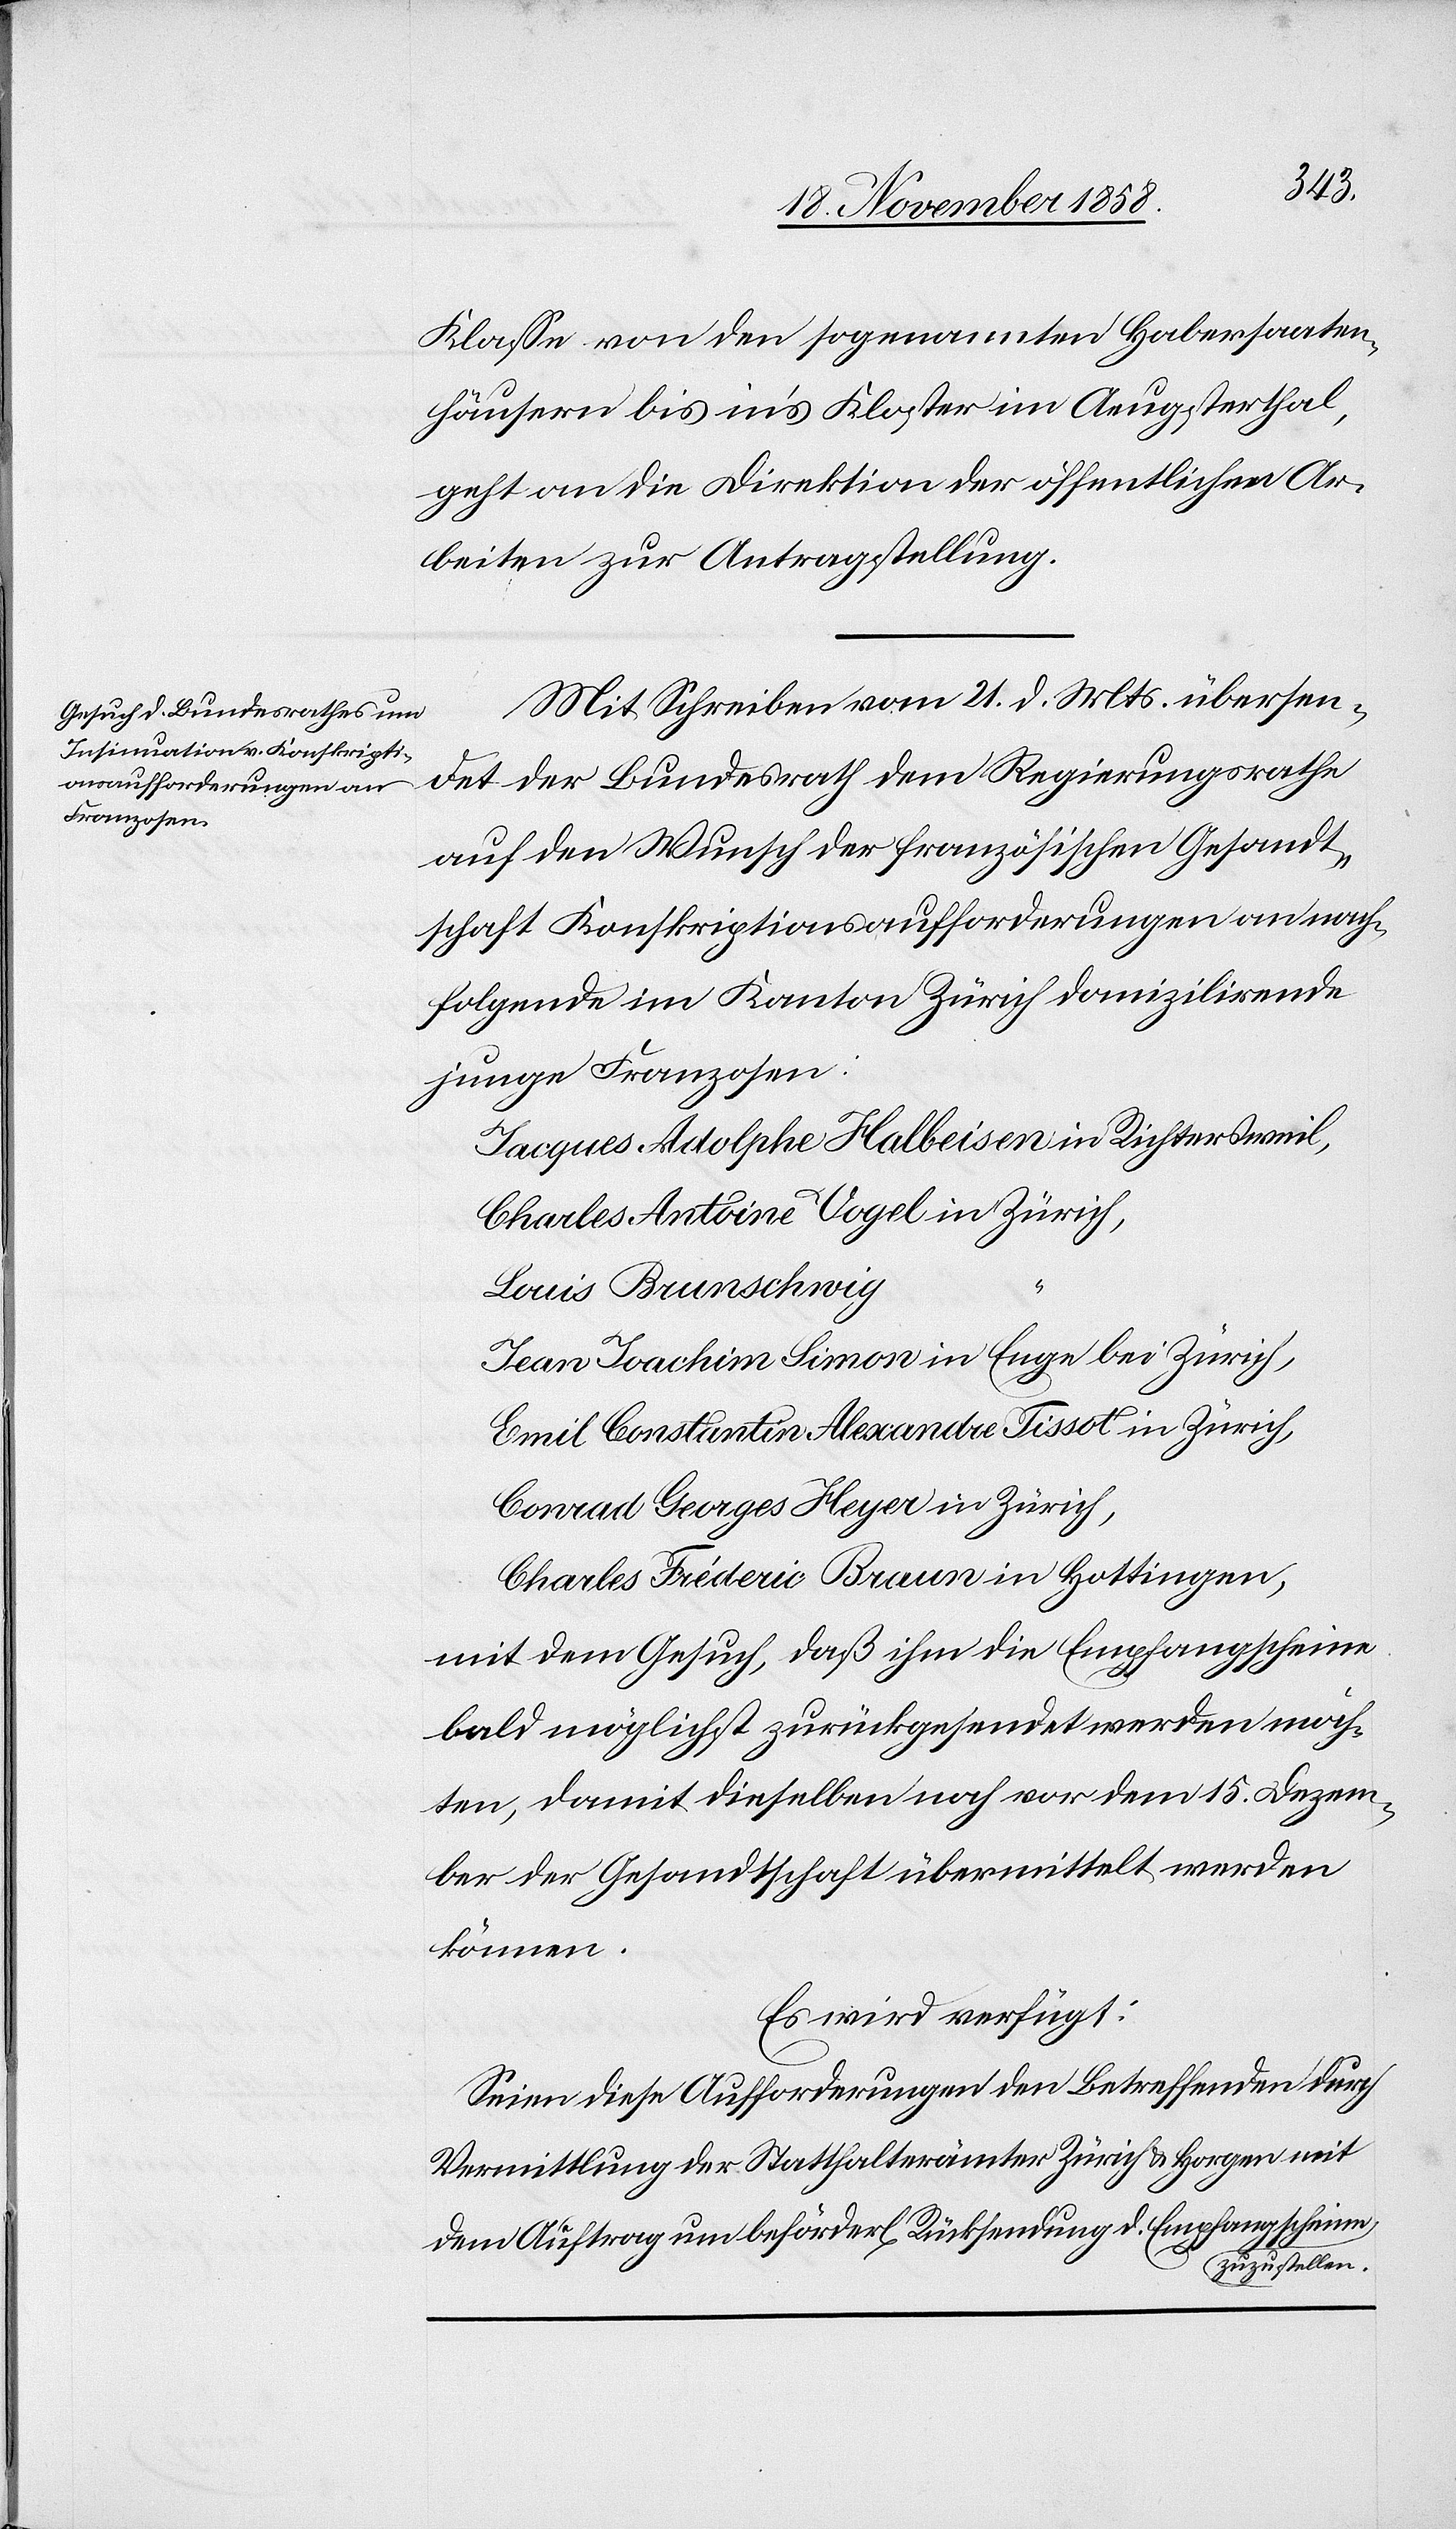
23. November 1858.]
Klasse von den sogenannten Habersaaten¬
häusern bis in’s Kloster im Aeugsterthal,
geht an die Direktion der öffentlichen Ar¬
beiten zur Antragstellung.
Mit Schreiben vom 21. d. Mts. übersen¬
det der Bundesrath dem Regierungsrathe
auf den Wunsch der französischen Gesandt¬
schaft Konskriptionsaufforderungen an nach¬
folgende im Kanton Zürich domizilirende
junge Franzosen:
Jacques Adolphe Halbeisen in Richtersweil,
Charles Antoine Vogel in Zürich,
Louis Brunschwig
Jean Joachim Simon in Enge bei Zürich,
Emil Constantin Alexandre Tissot in Zürich,
Conrad Georges Heyer in Zürich,
Charles Fréderic Braun in Hottingen,
mit dem Gesuch, daß ihm die Empfangscheine
bald möglichst zurückgesendet werden möch¬
ten, damit dieselben noch vor dem 15. Dezem¬
ber der Gesandtschaft übermittelt werden
können.
Es wird verfügt:
Seien diese Aufforderungen den Betreffenden durch
Vermittlung der Statthalterämter Zürich & Horgen mit
dem Auftrag um beförderl[iche] Rücksendung d. Empfangscheine
zuzustellen.